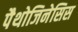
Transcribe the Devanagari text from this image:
पैथोजिनेसिस